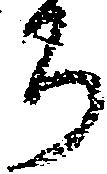
ち